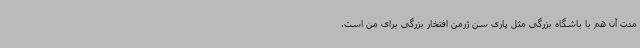
مدت آن هم با باشگاه بزرگی مثل پاری سن ژرمن افتخار بزرگی برای من است.